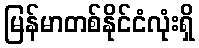
မြန်မာတစ်နိုင်ငံလုံးရှိ